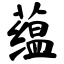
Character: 蕴